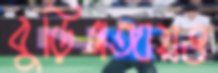
বুড়িগঙ্গায়ও